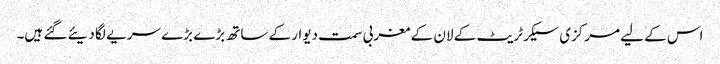
اس کے لیے مرکزی سیکرٹریٹ کے لان کے مغربی سمت دیوار کے ساتھ بڑے بڑے سریے لگا دیئے گئے ہیں۔